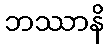
ဘဿာနိ